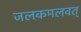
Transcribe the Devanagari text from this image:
जलकमलवत्